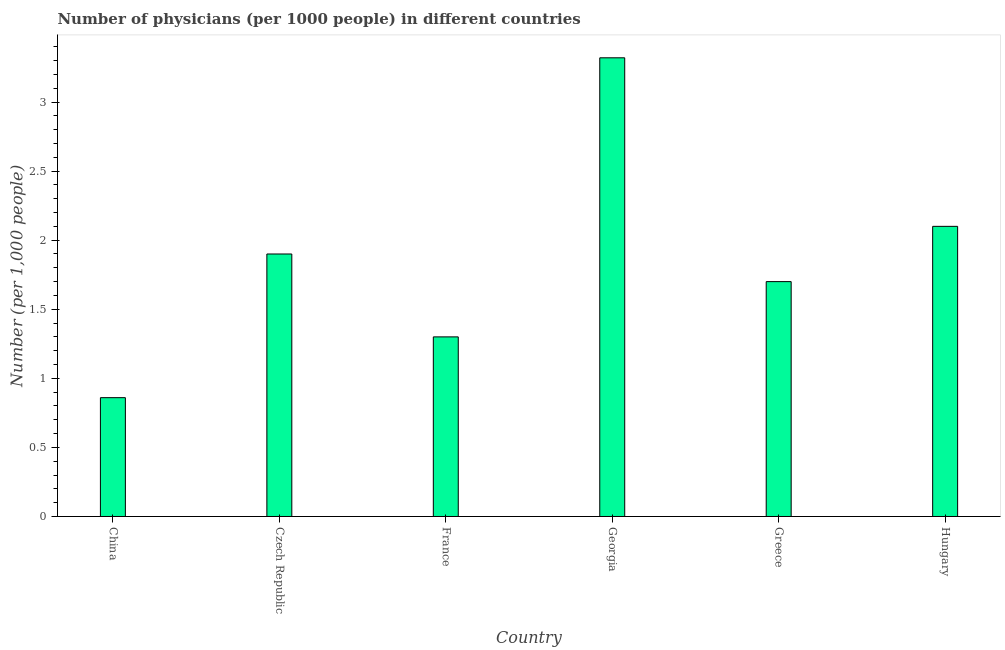
| Country | Physicians |
 | --- | --- |
 | China | 0.86 |
 | Czech Republic | 1.9 |
 | France | 1.3 |
 | Georgia | 3.32 |
 | Greece | 1.7 |
 | Hungary | 2.1 |